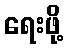
ရေးဖို့